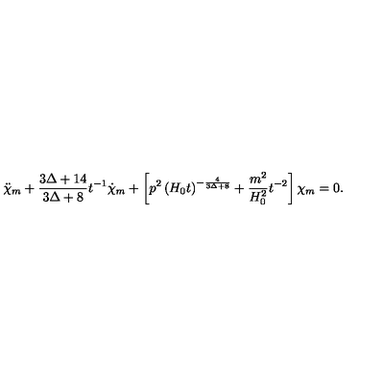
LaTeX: \ddot { \chi } _ { m } + \frac { 3 \Delta + 1 4 } { 3 \Delta + 8 } t ^ { - 1 } \dot { \chi } _ { m } + \left[ p ^ { 2 } \left( H _ { 0 } t \right) ^ { - \frac { 4 } { 3 \Delta + 8 } } + \frac { m ^ { 2 } } { H _ { 0 } ^ { 2 } } t ^ { - 2 } \right] \chi _ { m } = 0 .